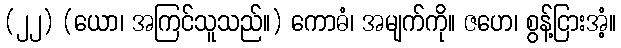
(၂၂) (ယော၊ အကြင်သူသည်။) ကောဓံ၊ အမျက်ကို။ ဇဟေ၊ စွန့်ငြားအံ့။